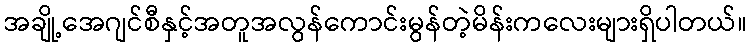
အချို့အေဂျင်စီနှင့်အတူအလွန်ကောင်းမွန်တဲ့မိန်းကလေးများရှိပါတယ်။